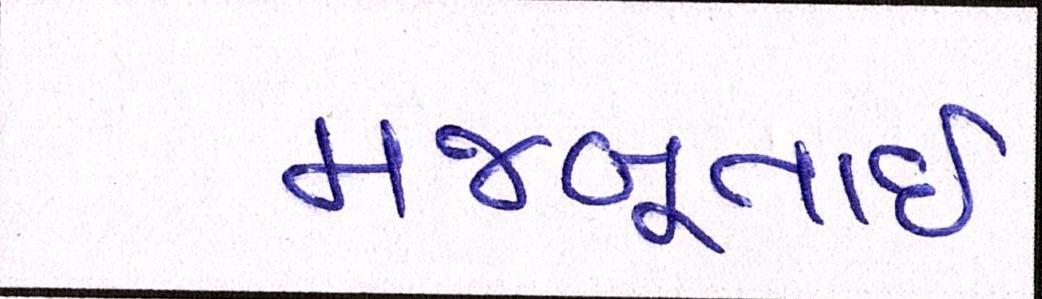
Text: મજબૂતાઈ